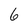
Character: 6